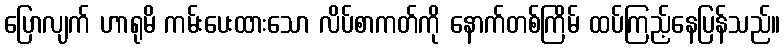
ပြောလျက် ဟာရုမိ ကမ်းပေးထားသော လိပ်စာကတ်ကို နောက်တစ်ကြိမ် ထပ်ကြည့်နေပြန်သည်။